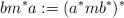
LaTeX: \begin{align*}bm^*a:=(a^*mb^*)^*\end{align*}